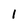
Character: 1